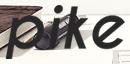
pike